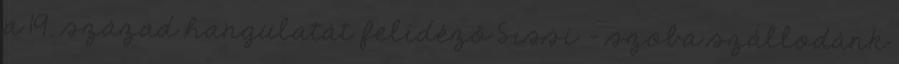
a 19. század hangulatát felidéző Sissi – szoba szállodánk